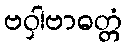
ဗဝှါဗာဓတ္တံ